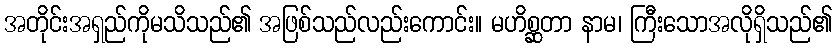
အတိုင်းအရှည်ကိုမသိသည်၏ အဖြစ်သည်လည်းကောင်း။ မဟိစ္ဆတာ နာမ၊ ကြီးသောအလိုရှိသည်၏